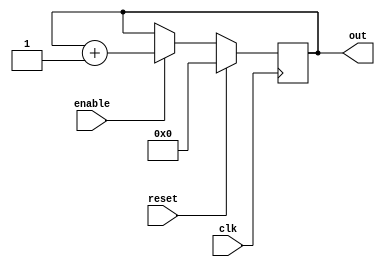
module up_counter(out,enable,clk,reset);
  output reg [24:0] out;
  input enable;
  input clk;
  input reset;  
  //-------------Code Starts Here-------
  always @(posedge clk)begin
  	if (reset) begin
  		out <= 0 ;
  	end 
  	else if (enable) begin
  		out <= out + 1;
  	end
	
  end
endmodule